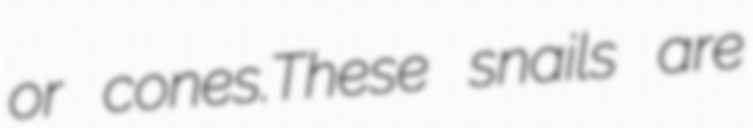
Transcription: or cones.These snails are